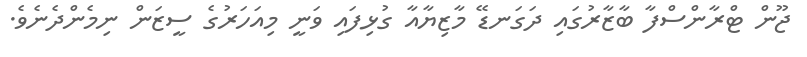
ޖޫން ޓްރާންސްފާ ބާޒާރުގައި ދަގަނޑޭ މާޒިޔާއާ ގުޅިފައި ވަނީ މިއަހަރުގެ ސީޒަން ނިމެންދެނެވެ.